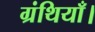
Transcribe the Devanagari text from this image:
ग्रंथियाँ।